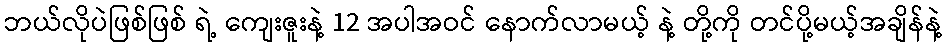
ဘယ်လိုပဲဖြစ်ဖြစ် ရဲ့ ကျေးဇူးနဲ့ 12 အပါအဝင် နောက်လာမယ့် နဲ့ တို့ကို တင်ပို့မယ့်အချိန်နဲ့